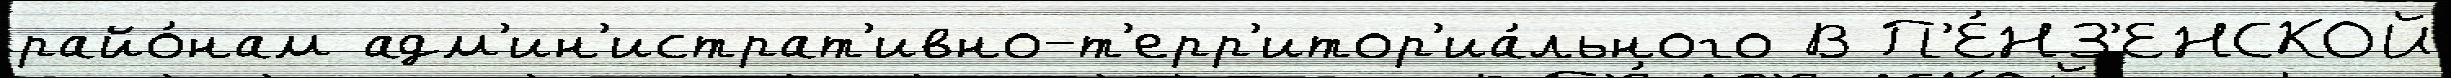
райо́нам адм'ин'истрат'ивно-т'ерр'итор'иа́льного В П'Е́НЗ'ЕНСКОЙ